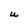
Character: U